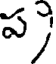
ప